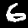
Label: 6